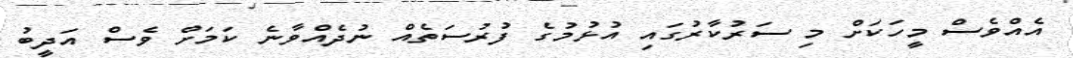
އެއްވެސް މީހަކަށް މި ސަރުކާރުގައި އުޅުމުގެ ފުރުސަތެއް ނުދެއްވާނެ ކަމަށް ވެސް އަދީބު